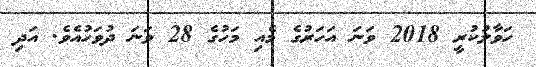
ހަވާލުކުރީ 2018 ވަނަ އަހަރުގެ މެއި މަހުގެ 28 ވަނަ ދުވަހުއެވެ. އަދި